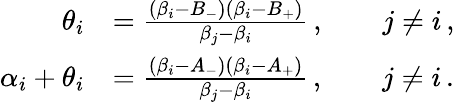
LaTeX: \begin{array}{rl}{\theta_{i}}&{=\frac{(\beta_{i}-B_{-})(\beta_{i}-B_{+})}{\beta_{j}-\beta_{i}}\, ,\qquad j\neq i\, ,}\\ {\alpha_{i}+\theta_{i}}&{=\frac{(\beta_{i}-A_{-})(\beta_{i}-A_{+})}{\beta_{j}-\beta_{i}}\, ,\qquad j\neq i\, .}\end{array}